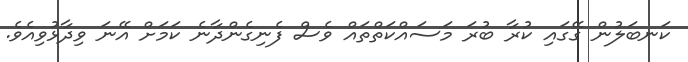
ކަނބަލުން ގޭގައި ކުރާ ބުރަ މަސައްކަތްތައް ވެސް ފެނިގެންދާނެ ކަމަށް އޭނަ ވިދާޅުވިއެވެ.